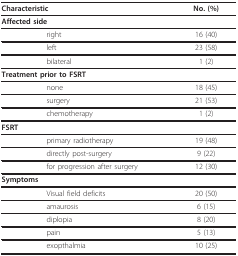
<table><thead><tr><td><b>Characteristic</b></td><td><b>No. (%)</b></td></tr></thead><tbody><tr><td><b>Affected side</b></td><td></td></tr><tr><td>right</td><td>16 (40)</td></tr><tr><td>left</td><td>23 (58)</td></tr><tr><td>bilateral</td><td>1 (2)</td></tr><tr><td><b>Treatment prior to FSRT</b></td><td></td></tr><tr><td>none</td><td>18 (45)</td></tr><tr><td>surgery</td><td>21 (53)</td></tr><tr><td>chemotherapy</td><td>1 (2)</td></tr><tr><td><b>FSRT</b></td><td></td></tr><tr><td>primary radiotherapy</td><td>19 (48)</td></tr><tr><td>directly post-surgery</td><td>9 (22)</td></tr><tr><td>for progression after surgery</td><td>12 (30)</td></tr><tr><td><b>Symptoms</b></td><td></td></tr><tr><td>Visual field deficits</td><td>20 (50)</td></tr><tr><td>amaurosis</td><td>6 (15)</td></tr><tr><td>diplopia</td><td>8 (20)</td></tr><tr><td>pain</td><td>5 (13)</td></tr><tr><td>exopthalmia</td><td>10 (25)</td></tr></tbody></table>